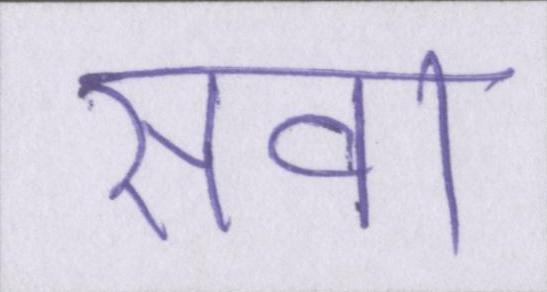
सवा